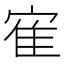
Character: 寉